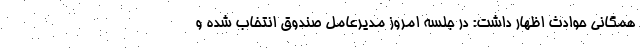
همگانی حوادث اظهار داشت: در جلسه امروز مدیرعامل صندوق انتخاب شده و